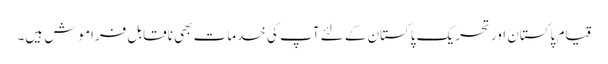
قیام پاکستان اور تحریک پاکستان کے لئے آپ کی خدمات بھی ناقابل فراموش ہیں۔